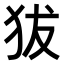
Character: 𤝜